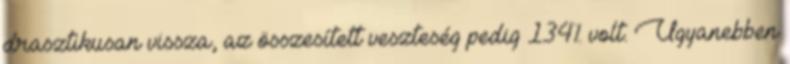
drasztikusan vissza, az összesített veszteség pedig 134% volt. Ugyanebben